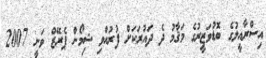
އިސްރާއީލުގެ ބޮޑުވަޒީރުގެ މަޤާމު ދެ ދައުރަކަށް ފުރުއްވި ޝިމޯން ޕެރޭޒް ވަނީ 2007